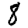
Digit: 8